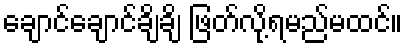
ချောင်ချောင်ချိချိ ဖြတ်လို့ရမည်မထင်။